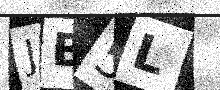
Text: JB5L